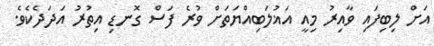
އަށް ލިބިފައި ވާއިރު މިއީ އަޣުލަބިއްޔަތަށް ވުރެ ފަސް ގޮނޑި އިތުރު އަދަދެކެވެ.